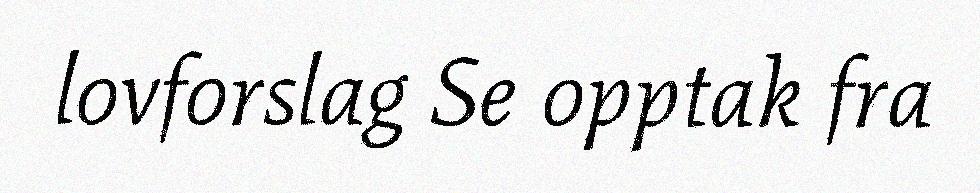
lovforslag Se opptak fra